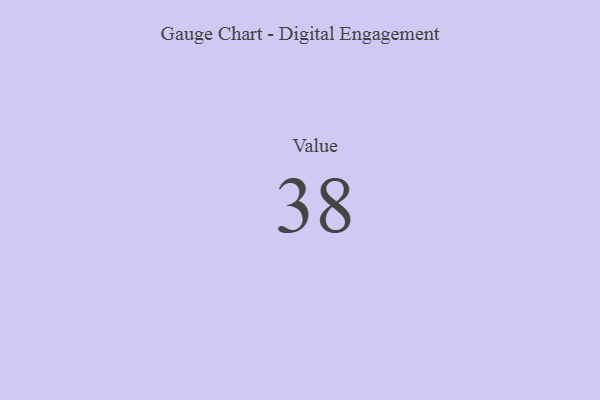
{"axis": {"x": "Metric", "y": "Value"}, "legend": [""], "data": [{"x": "Value", "y": 38, "type": ""}]}